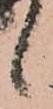
候